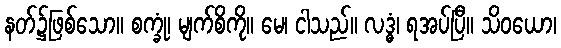
နတ်၌ဖြစ်သော။ စက္ခုံ၊ မျက်စိကို။ မေ၊ ငါသည်။ လဒ္ဓံ၊ ရအပ်ပြီ။ သိဝယော၊